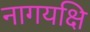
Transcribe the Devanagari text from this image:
नागयक्षि